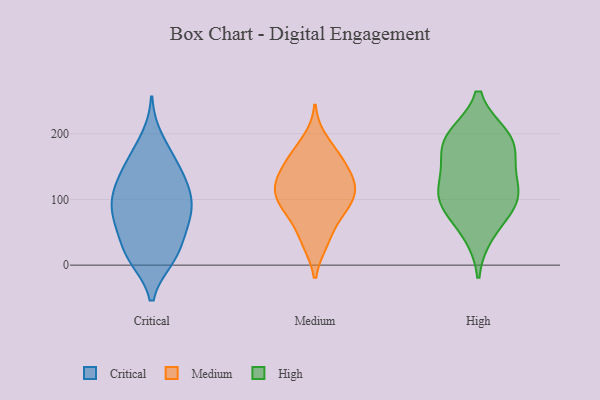
{"axis": {"x": "Humidity (%)", "y": "Value"}, "legend": ["Critical", "High", "Medium"], "data": [{"x": "", "y": 110, "type": "Critical"}, {"x": "", "y": 123, "type": "Critical"}, {"x": "", "y": 78, "type": "Critical"}, {"x": "", "y": 104, "type": "Critical"}, {"x": "", "y": 43, "type": "Critical"}, {"x": "", "y": 63, "type": "Critical"}, {"x": "", "y": 88, "type": "Critical"}, {"x": "", "y": 155, "type": "Critical"}, {"x": "", "y": 14, "type": "Critical"}, {"x": "", "y": 120, "type": "Critical"}, {"x": "", "y": 77, "type": "Critical"}, {"x": "", "y": 11, "type": "Critical"}, {"x": "", "y": 158, "type": "Critical"}, {"x": "", "y": 10, "type": "Critical"}, {"x": "", "y": 53, "type": "Critical"}, {"x": "", "y": 193, "type": "Critical"}, {"x": "", "y": 79, "type": "Critical"}, {"x": "", "y": 15, "type": "Critical"}, {"x": "", "y": 161, "type": "Critical"}, {"x": "", "y": 123, "type": "Critical"}, {"x": "", "y": 109, "type": "Medium"}, {"x": "", "y": 118, "type": "Medium"}, {"x": "", "y": 159, "type": "Medium"}, {"x": "", "y": 81, "type": "Medium"}, {"x": "", "y": 138, "type": "Medium"}, {"x": "", "y": 115, "type": "Medium"}, {"x": "", "y": 122, "type": "Medium"}, {"x": "", "y": 190, "type": "Medium"}, {"x": "", "y": 86, "type": "Medium"}, {"x": "", "y": 74, "type": "Medium"}, {"x": "", "y": 36, "type": "Medium"}, {"x": "", "y": 96, "type": "Medium"}, {"x": "", "y": 128, "type": "Medium"}, {"x": "", "y": 164, "type": "Medium"}, {"x": "", "y": 35, "type": "Medium"}, {"x": "", "y": 163, "type": "Medium"}, {"x": "", "y": 140, "type": "High"}, {"x": "", "y": 167, "type": "High"}, {"x": "", "y": 92, "type": "High"}, {"x": "", "y": 96, "type": "High"}, {"x": "", "y": 192, "type": "High"}, {"x": "", "y": 49, "type": "High"}, {"x": "", "y": 101, "type": "High"}, {"x": "", "y": 191, "type": "High"}, {"x": "", "y": 196, "type": "High"}, {"x": "", "y": 116, "type": "High"}]}